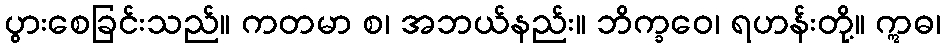
ပွားစေခြင်းသည်။ ကတမာ စ၊ အဘယ်နည်း။ ဘိက္ခဝေ၊ ရဟန်းတို့။ ဣဓ၊